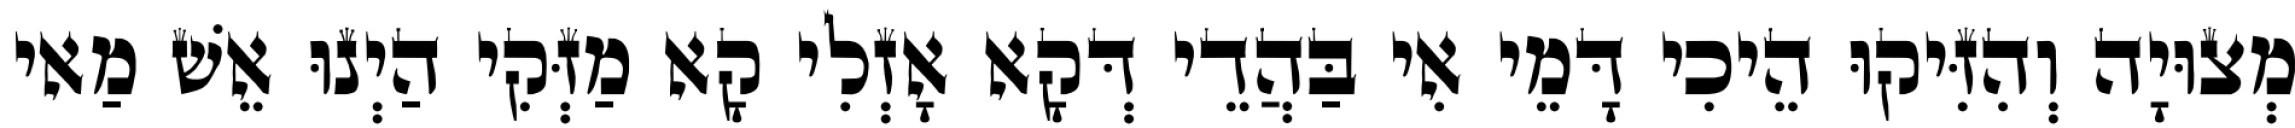
מְצוּיָה וְהִזִּיקוּ הֵיכִי דָּמֵי אִי בַּהֲדֵי דְּקָא אָזְלִי קָא מַזְּקִי הַיְנוּ אֵשׁ מַאי